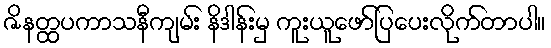
ဇိနတ္ထပကာသနီကျမ်း နိဒါန်းမှ ကူးယူဖော်ပြပေးလိုက်တာပါ။